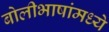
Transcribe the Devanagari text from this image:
बोलीभाषांमध्ये